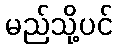
မည်သို့ပင်